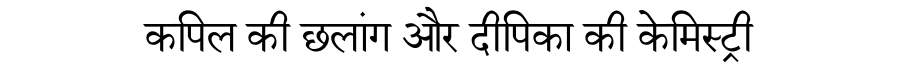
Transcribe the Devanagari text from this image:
कपिल की छलांग और दीपिका की केमिस्ट्री